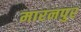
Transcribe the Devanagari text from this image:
मारनपुर